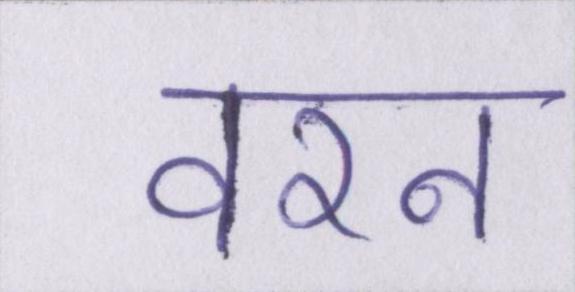
वरन